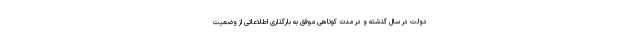
دولت در سال گذشته و در مدت کوتاهی موفق به بارگذاری اطلاعاتی از وضعیت